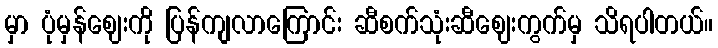
မှာ ပုံမှန်ဈေးကို ပြန်ကျလာကြောင်း ဆီစက်သုံးဆီဈေးကွက်မှ သိရပါတယ်။